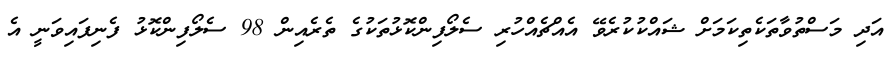
އަދި މަސްތުވާތަކެތިކަމަށް ޝައްކުކުރެވޭ އެއްޗެއްހުރި ސެލޯފިންކޮޅުތަކުގެ ތެރެއިން 98 ސެލޯފިންކޮޅު ފެނިފައިވަނީ އެ